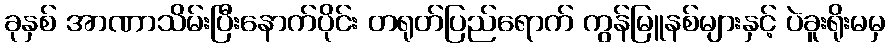
ခုနှစ် အာဏာသိမ်းပြီးနောက်ပိုင်း တရုတ်ပြည်ရောက် ကွန်မြူနစ်များနှင့် ပဲခူးရိုးမမှ